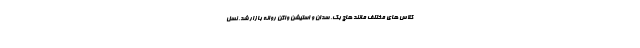
کلاس های مختلف مانند هاچ بک، سدان و استیشن واگن روانه بازار شد. نسل